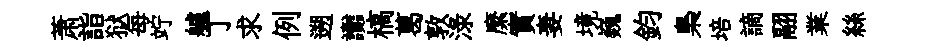
萧詣狱每竚艫丁求例遡讟槁葛敦渌縻實妻境巍鈞梟培謫翮業絲